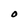
Character: O